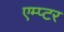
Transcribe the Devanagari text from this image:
एम्प्टर